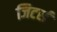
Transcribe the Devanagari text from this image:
जिटर्स